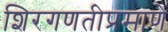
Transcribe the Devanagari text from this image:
शिरगणतीप्रमाणे